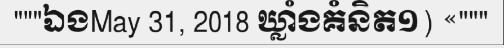
"""ឯងMay 31, 2018 ឃ្លាំងគំនិត១) «"""